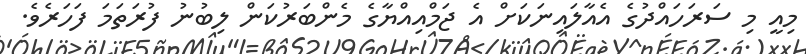
މިއީ މި ސަރަހައްދުގެ އެއާލައިނަކަށް އެ ޖަމްއިއްޔާގެ މެންބަރުކަން ލިބުނު ފުރަތަމަ ފަހަރެވެ.